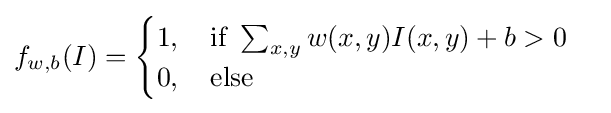
f_{w,b}(I)={\begin{cases}1,\quad {\text{if }}\sum _{x,y}w(x,y)I(x,y)+b>0\\0,\quad {\text{else}}\end{cases}}